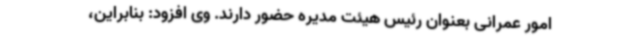
امور عمرانی بعنوان رئیس هیئت مدیره حضور دارند. وی افزود: بنابراین،